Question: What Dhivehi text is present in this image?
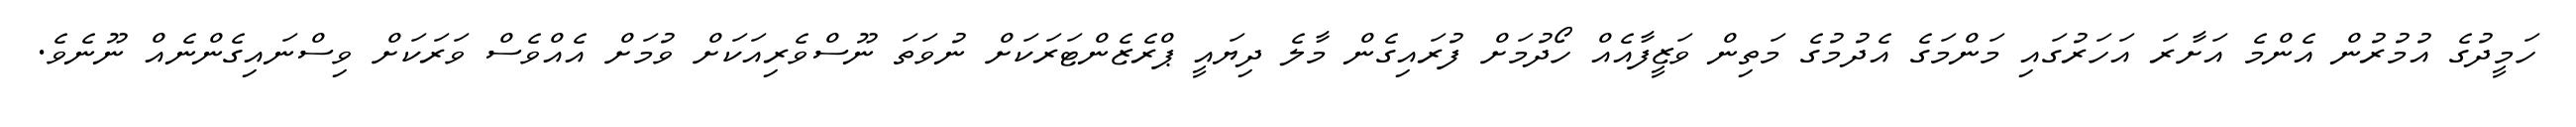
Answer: ހަމީދުގެ އުމުރުން އެންމެ އަށާރަ އަހަރުގައި މަންމަގެ އެދުމުގެ މަތިން ވަޒީފާއެއް ހޯދުމަށް ފުރައިގެން މާލެ ދިޔައީ ޕްރެޒެންޓަރަކަށް ނުވަތަ ނޫސްވެރިއަކަށް ވުމަށް އެއްވެސް ވަރަކަށް ވިސްނައިގެންނެއް ނޫނެވެ.